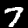
Digit: 7